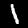
Label: 1